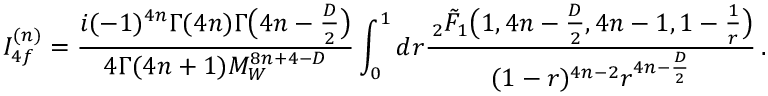
I _ { 4 f } ^ { ( n ) } = \frac { i ( - 1 ) ^ { 4 n } \Gamma ( 4 n ) \Gamma \big ( 4 n - \frac { D } { 2 } \big ) } { 4 \Gamma ( 4 n + 1 ) M _ { W } ^ { 8 n + 4 - D } } \int _ { 0 } ^ { 1 } d r \frac { \, _ { 2 } \tilde { F } _ { 1 } \big ( 1 , 4 n - \frac { D } { 2 } , 4 n - 1 , 1 - \frac { 1 } { r } \big ) } { ( 1 - r ) ^ { 4 n - 2 } r ^ { 4 n - \frac { D } { 2 } } } \, .